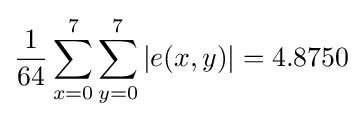
{\frac {1}{64}}\sum _{x=0}^{7}\sum _{y=0}^{7}|e(x,y)|=4.8750